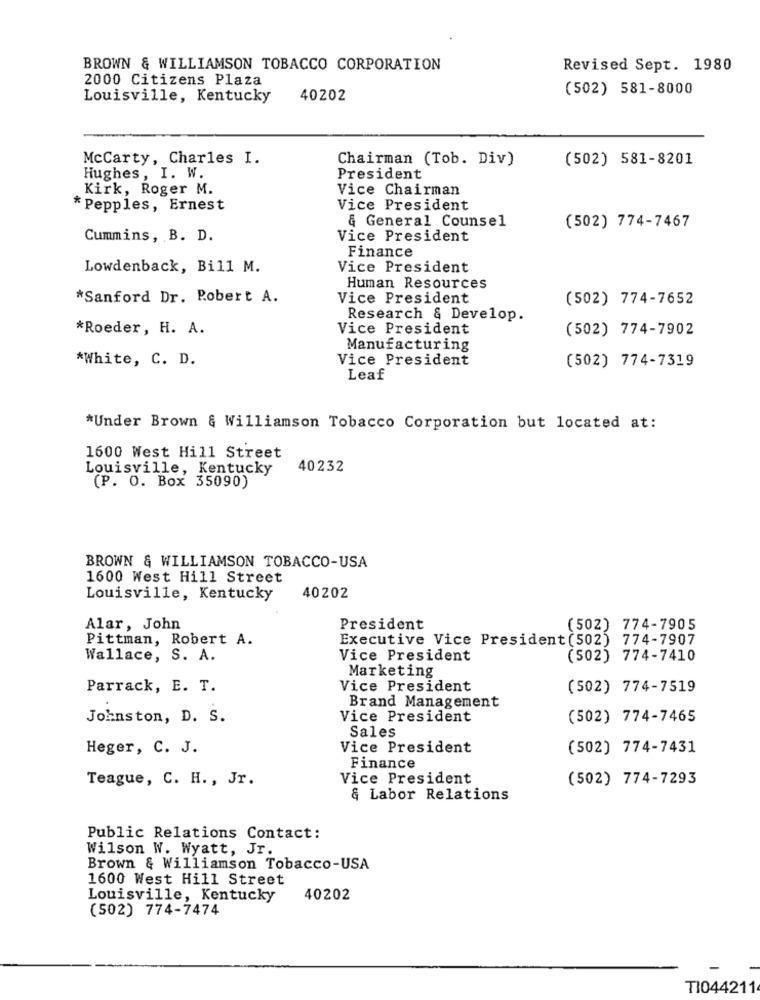
BROWN & WILLIAMSON TOBACCO CORPORATION
Revised Sept. 1980
2000 Citizens Plaza
(502) 581-8000
Louisville, Kentucky
40202
McCarty, Charles I.
Chairman (Tob. Div)
(502) 581-8201
Hughes, I. W.
President
Kirk, Roger M.
Vice Chairman
* Pepples, Ernest
Vice President
& General Counsel
(502) 774-7467
Cummins, B. D.
Vice President
Finance
Lowdenback, Bill M.
Vice President
Human Resources
*Sanford Dr. Robert A.
Vice President
(502) 774-7652
Research & Develop.
*Roeder, H. A.
Vice President
(502) 774-7902
Manufacturing
*White, C. D.
Vice President
(502) 774-7319
Leaf
*Under Brown & Williamson Tobacco Corporation but located at:
1600 West Hill Street
Louisville, Kentucky
40232
(P. O. Box 35090)
BROWN & WILLIAMSON TOBACCO-USA
1600 West Hill Street
Louisville, Kentucky
40202
Alar, John
President
(502) 774-7905
Pittman, Robert A.
Executive Vice President (502) 774-7907
Wallace, S. A.
Vice President
(502) 774-7410
Marketing
Parrack, E. T.
Vice President
(502) 774-7519
Brand Management
Johnston, D. S.
Vice President
(502) 774-7465
Sales
Heger, C. J.
Vice President
(502) 774-7431
Finance
Teague, C. H. , Jr.
Vice President
(502) 774-7293
& Labor Relations
Public Relations Contact:
Wilson W. Wyatt, Jr.
Brown & Williamson Tobacco-USA
1600 West Hill Street
Louisville, Kentucky
40202
(502) 774-7474
TI044211